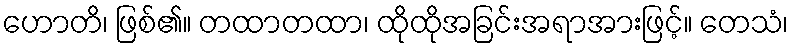
ဟောတိ၊ ဖြစ်၏။ တထာတထာ၊ ထိုထိုအခြင်းအရာအားဖြင့်။ တေသံ၊